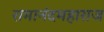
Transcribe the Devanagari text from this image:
रामानंदमहाराज